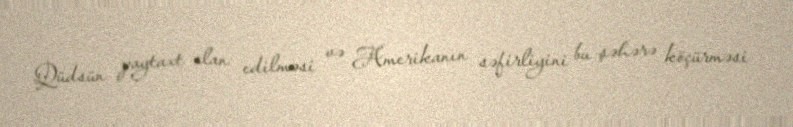
Qüdsün paytaxt elan edilməsi və Amerikanın səfirliyini bu şəhərə köçürməsi